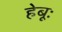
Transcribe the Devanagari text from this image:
हेबूः